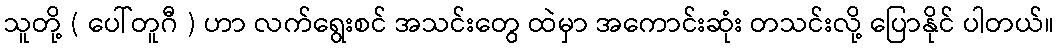
သူတို့ ( ပေါ်တူဂီ ) ဟာ လက်ရွေးစင် အသင်းတွေ ထဲမှာ အကောင်းဆုံး တသင်းလို့ ပြောနိုင် ပါတယ်။